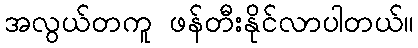
အလွယ်တကူ ဖန်တီးနိုင်လာပါတယ်။